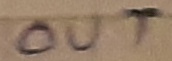
Text: OUT